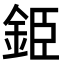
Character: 𨦍